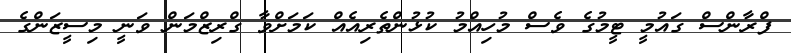
ފްރާންސް ގައުމީ ޓީމުގެ ވެސް މުހިއްމު ކުޅުންތެރިއެއް ކަމަށްވާ ގްރިޒްމަން ވަނީ މިސީޒަންގެ